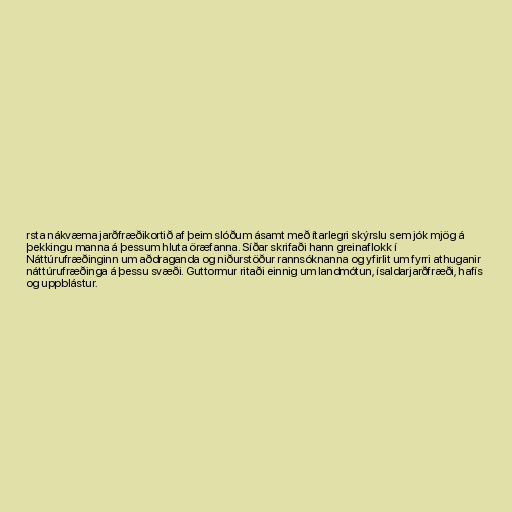
rsta nákvæma jarðfræðikortið af þeim slóðum ásamt með ítarlegri skýrslu sem jók mjög á
þekkingu manna á þessum hluta öræfanna. Síðar skrifaði hann greinaflokk í
Náttúrufræðinginn um aðdraganda og niðurstöður rannsóknanna og yfirlit um fyrri athuganir
náttúrufræðinga á þessu svæði. Guttormur ritaði einnig um landmótun, ísaldarjarðfræði, hafís
og uppblástur.